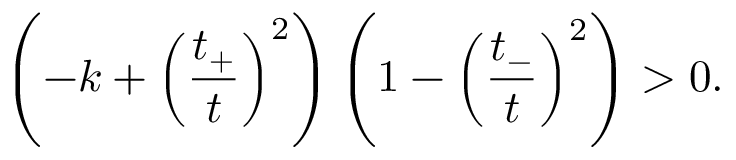
\left( - k + \left( \frac { t _ { + } } { t } \right) ^ { 2 } \right) \left( 1 - \left( \frac { t _ { - } } { t } \right) ^ { 2 } \right) > 0 .